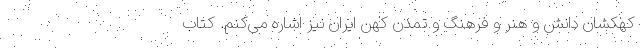
کهکشان دانش و هنر و فرهنگ و تمدن کهن ایران نیز اشاره می‌کنم. کتاب